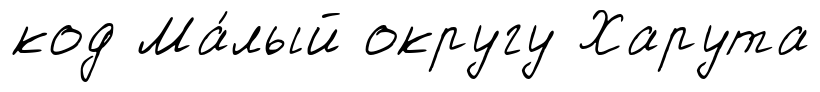
код Ма́лый округу Харута